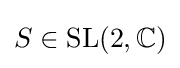
S\in \operatorname {SL} (2,\mathbb {C} )